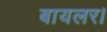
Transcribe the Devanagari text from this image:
बायलर।